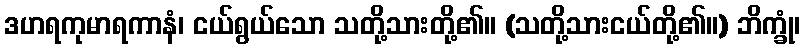
ဒဟရကုမာရကာနံ၊ ငယ်ရွယ်သော သတို့သားတို့၏။ (သတို့သားငယ်တို့၏။) ဘိက္ခုံ၊